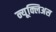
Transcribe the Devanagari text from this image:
न्यूक्लिअस